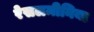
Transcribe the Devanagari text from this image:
रेसलमीनिया